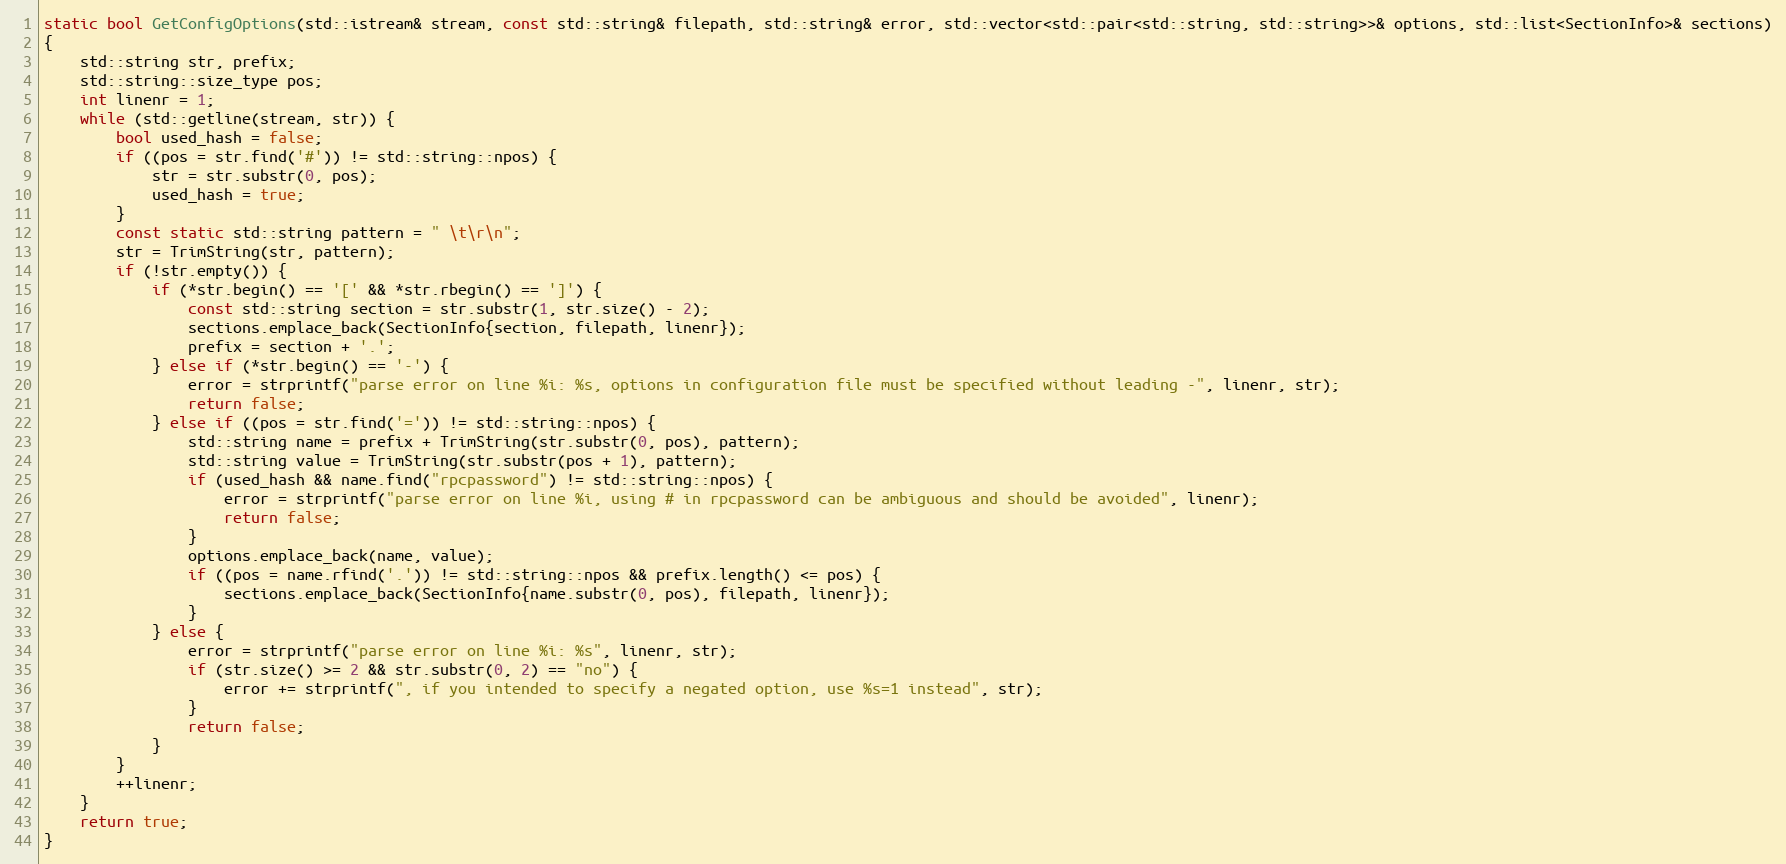
Language: C++
static bool GetConfigOptions(std::istream& stream, const std::string& filepath, std::string& error, std::vector<std::pair<std::string, std::string>>& options, std::list<SectionInfo>& sections)
{
    std::string str, prefix;
    std::string::size_type pos;
    int linenr = 1;
    while (std::getline(stream, str)) {
        bool used_hash = false;
        if ((pos = str.find('#')) != std::string::npos) {
            str = str.substr(0, pos);
            used_hash = true;
        }
        const static std::string pattern = " \t\r\n";
        str = TrimString(str, pattern);
        if (!str.empty()) {
            if (*str.begin() == '[' && *str.rbegin() == ']') {
                const std::string section = str.substr(1, str.size() - 2);
                sections.emplace_back(SectionInfo{section, filepath, linenr});
                prefix = section + '.';
            } else if (*str.begin() == '-') {
                error = strprintf("parse error on line %i: %s, options in configuration file must be specified without leading -", linenr, str);
                return false;
            } else if ((pos = str.find('=')) != std::string::npos) {
                std::string name = prefix + TrimString(str.substr(0, pos), pattern);
                std::string value = TrimString(str.substr(pos + 1), pattern);
                if (used_hash && name.find("rpcpassword") != std::string::npos) {
                    error = strprintf("parse error on line %i, using # in rpcpassword can be ambiguous and should be avoided", linenr);
                    return false;
                }
                options.emplace_back(name, value);
                if ((pos = name.rfind('.')) != std::string::npos && prefix.length() <= pos) {
                    sections.emplace_back(SectionInfo{name.substr(0, pos), filepath, linenr});
                }
            } else {
                error = strprintf("parse error on line %i: %s", linenr, str);
                if (str.size() >= 2 && str.substr(0, 2) == "no") {
                    error += strprintf(", if you intended to specify a negated option, use %s=1 instead", str);
                }
                return false;
            }
        }
        ++linenr;
    }
    return true;
}